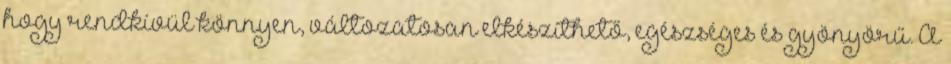
hogy rendkívül könnyen, változatosan elkészíthető, egészséges és gyönyörű. A